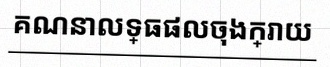
គណនាលទ្ធផលចុងក្រោយ